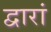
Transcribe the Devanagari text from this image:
द्वारां